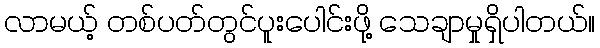
လာမယ့် တစ်ပတ်တွင်ပူးပေါင်းဖို့ သေချာမှုရှိပါတယ်။